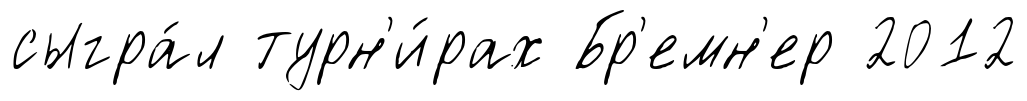
сыгра́л турн'и́рах Бр'емн'ер 2012